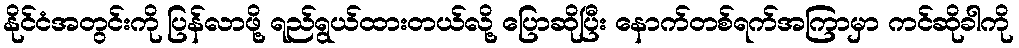
နိုင်ငံအတွင်းကို ပြန်လာဖို့ ရည်ရွယ်ထားတယ်လို့ ပြောဆိုပြီး နောက်တစ်ရက်အကြာမှာ ကင်ဆိုခါကို